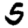
Digit: 5